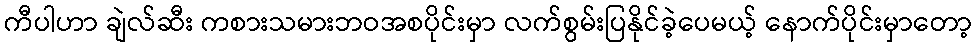
ကီပါဟာ ချဲလ်ဆီး ကစားသမားဘဝအစပိုင်းမှာ လက်စွမ်းပြနိုင်ခဲ့ပေမယ့် နောက်ပိုင်းမှာတော့